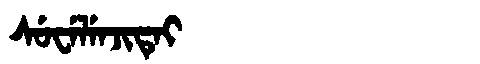
Manchu: ᠰᡠᠸᡝᠯᡝᠨᠵᡳᡨᡝᡳ
Romanization: SUWELENJITEI